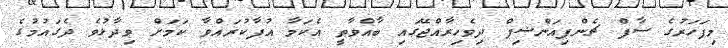
މިފަހަރުގެ ސާފް ޗެންޕިއަންޝިޕް ދިވެހިރާއްޖޭގައި ބާއްވާތީ އެކަމާ އުފާކުރައްވާ ކަމަށް ވިދާޅުވެ ދެގައުމުގެ